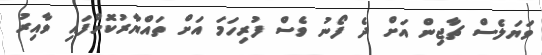
ވަޔަލެސް ޗާޖިން އަށް ދެ ފޯނު ވެސް ފުރިހަމަ އަށް ތައްޔާރުކޮށްފައި ވާއިރު